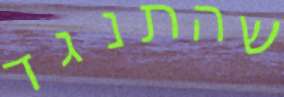
שהתנגד